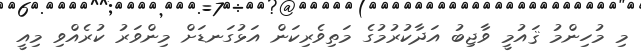
މި މުހިންމު ޤައުމީ ވާޖިބު އަދާކުރުމުގެ މަތިވެރިކަން އަޅުގަނޑަށް މިންވަރު ކުރެއްވި މިއީ